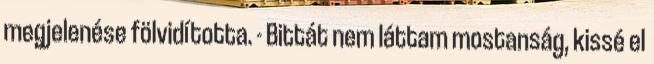
megjelenése fölvidította. - Bittát nem láttam mostanság, kissé el